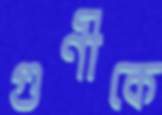
গুণীকে